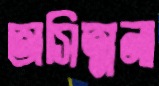
অসিত্মনা